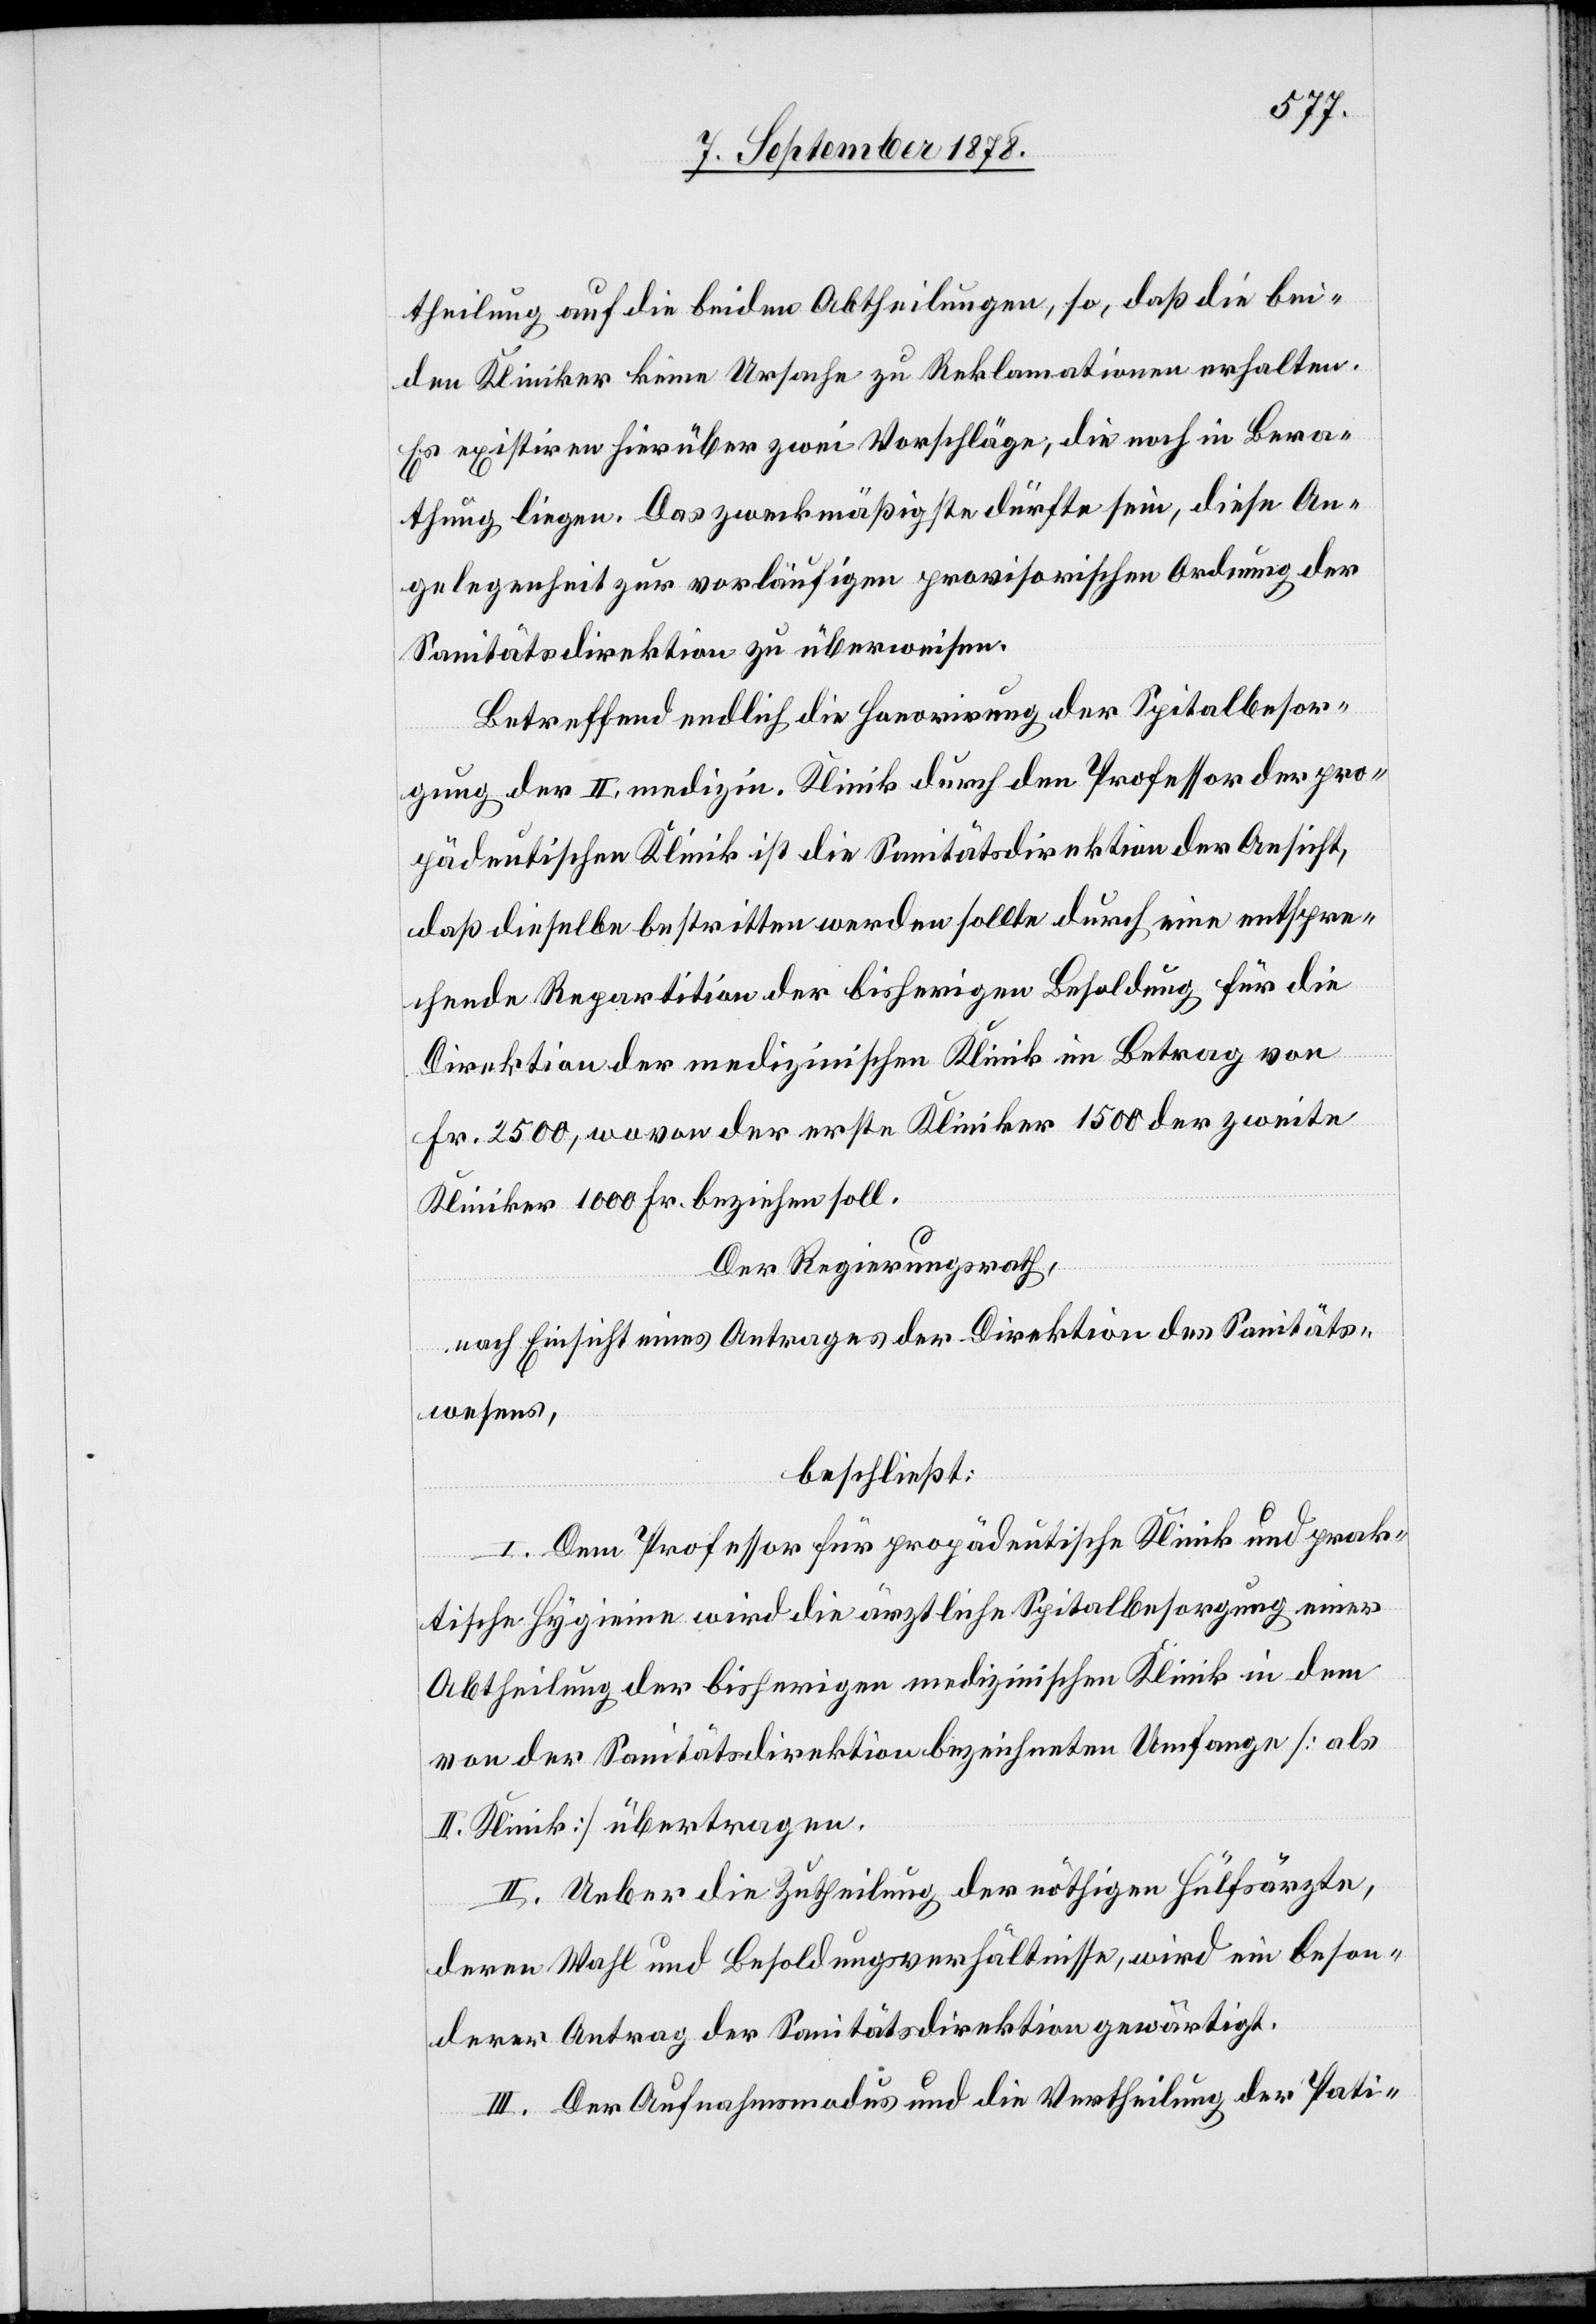
theilung auf die beiden Abtheilungen, so, daß die bei¬
den Kliniker keine Ursache zu Reklamationen erhalten.
Es existiren hierüber zwei Vorschläge, die noch in Bera¬
thung liegen. Das zweckmäßigste dürfte sein, diese An¬
gelegenheit zur vorläufigen provisorischen Ordnung der
Sanitätsdirektion zu überweisen.
Betreffend endlich die Honorirung der Spitalbesor¬
gung der II. medizin. Klinik durch den Professor der pro¬
pädeutischen Klinik ist die Sanitätsdirektion der Ansicht,
daß dieselbe bestritten werden sollte durch eine entspre¬
chende Repartition der bisherigen Besoldung für die
Direktion der medizinischen Klinik im Betrag von
Fr. 2500, wovon der erste Kliniker 1500 der zweite
Kliniker 1000 Fr. beziehen soll.
Der Regierungsrath,
nach Einsicht eines Antrages der Direktion des Sanitäts¬
wesens,
beschließt:
I. Dem Professor für propädeutische Klinik und prak¬
tische Hygieine wird die ärztliche Spitalbesorgung einer
Abtheilung der bisherigen medizinischen Klinik in dem
von der Sanitätsdirektion bezeichneten Umfange [als
II. Klinik] übertragen.
II. Ueber die Zutheilung der nöthigen Hülfsärzte,
deren Wahl und Besoldungsverhältnisse, wird ein beson¬
derer Antrag der Sanitätsdirektion gewärtigt.
III. Der Aufnahmsmodus und die Vertheilung der Pati-